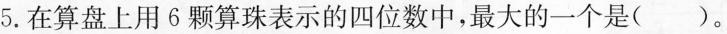
5.在算盘上用6颗算珠表示的四位数中，最大的一个是 ( )。